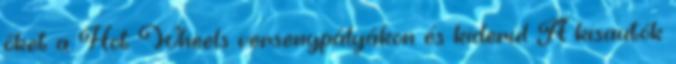
őket a Hot Wheels versenypályákon és kiderül A kisautók